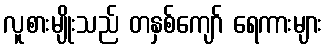
လူစားမျိုးသည် တနှစ်ကျော် ရေကားများ